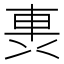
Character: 軣